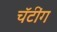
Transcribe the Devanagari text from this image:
चॅटींग